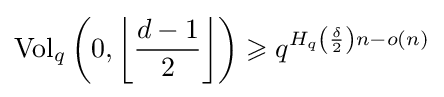
{\text{Vol}}_{q}\left(0,\left\lfloor {\frac {d-1}{2}}\right\rfloor \right)\geqslant q^{H_{q}\left({\frac {\delta }{2}}\right)n-o(n)}